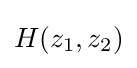
H(z_{1},z_{2})